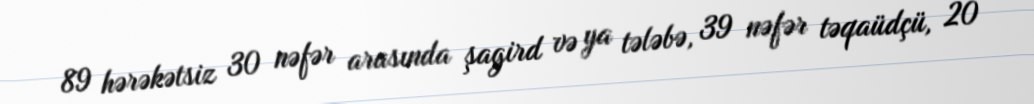
89 hərəkətsiz 30 nəfər arasında şagird və ya tələbə, 39 nəfər təqaüdçü, 20